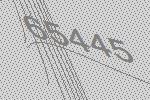
65445